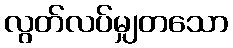
လွတ်လပ်မျှတသော